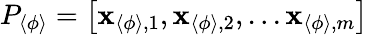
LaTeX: P_{\langle\phi\rangle}=\left[\mathbf{x}_{\langle\phi\rangle,1},\mathbf{x}_{\langle\phi\rangle,2},...\mathbf{x}_{\langle\phi\rangle,m}\right]